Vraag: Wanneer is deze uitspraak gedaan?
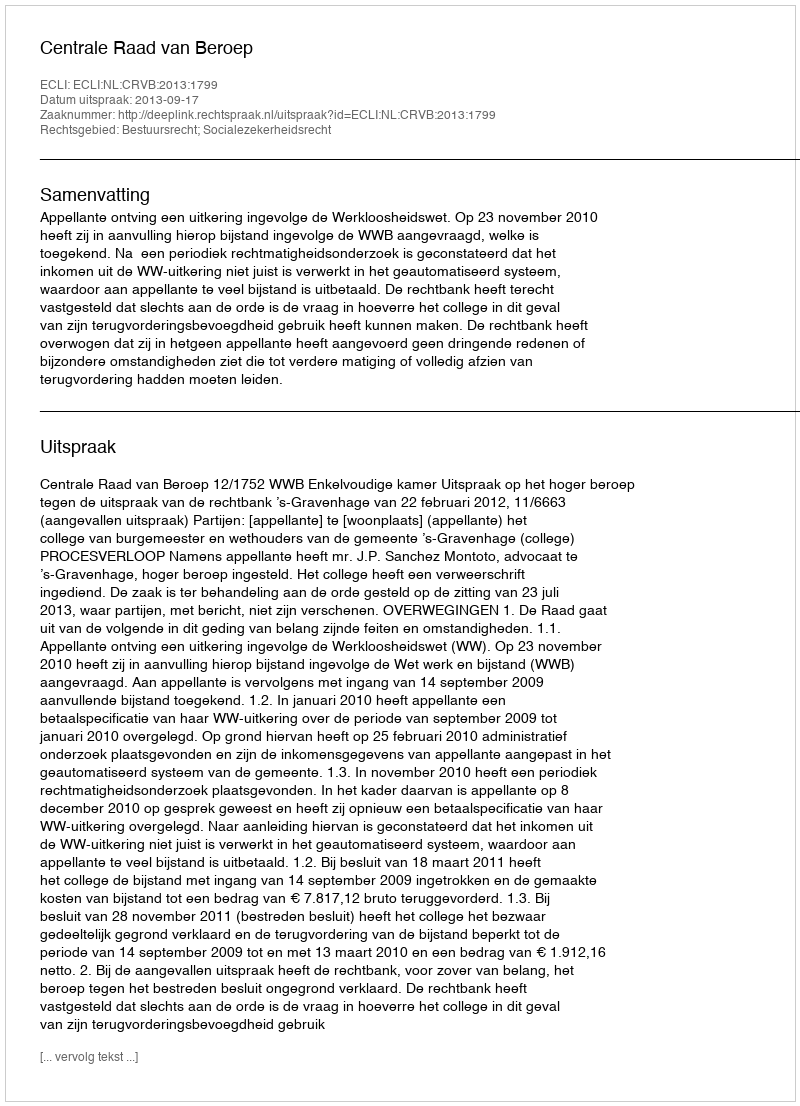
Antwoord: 2013-09-17